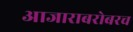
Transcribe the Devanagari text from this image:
आजाराबरोबरच